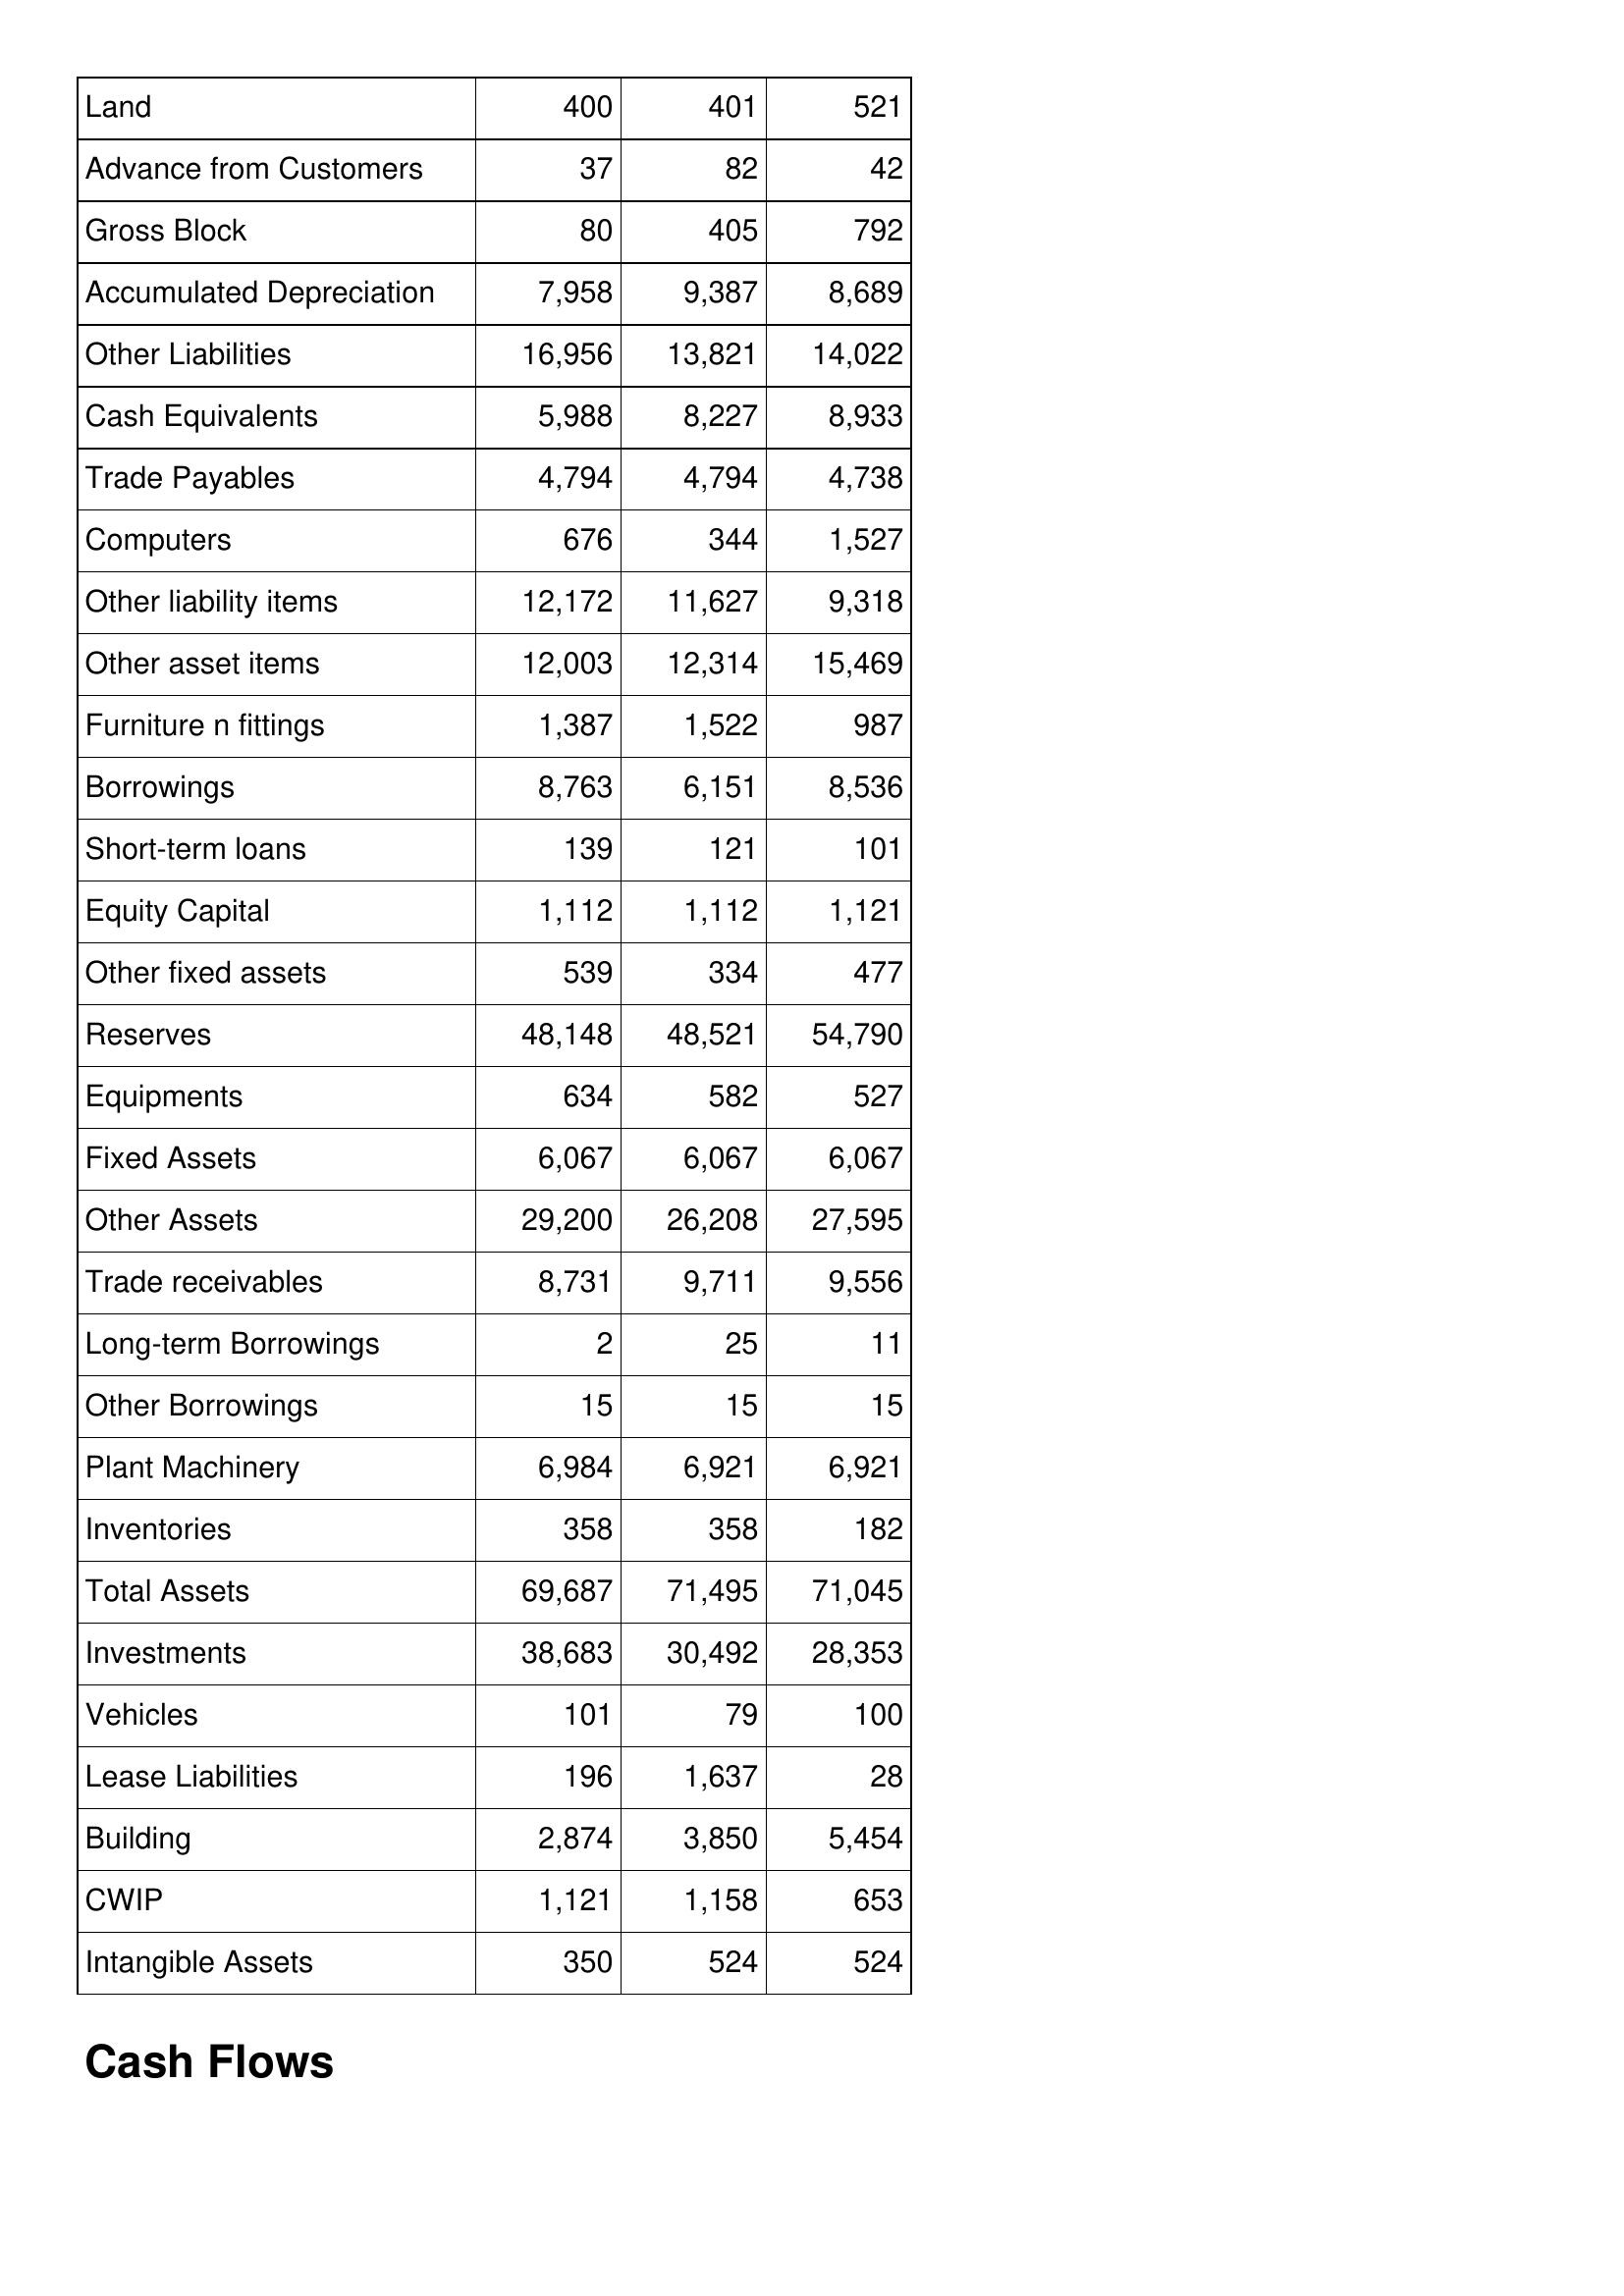
Feb-07: Balance Sheet: Land: 400
Advance from Customers: 37
Gross Block: 80
Accumulated Depreciation: 7,958
Other Liabilities: 16,956
Cash Equivalents: 5,988
Trade Payables: 4,794
Computers: 676
Other liability items: 12,172
Other asset items: 12,003
Furniture n fittings: 1,387
Borrowings: 8,763
Short-term loans: 139
Equity Capital: 1,112
Other fixed assets: 539
Reserves: 48,148
Equipments: 634
Fixed Assets: 6,067
Other Assets: 29,200
Trade receivables: 8,731
Long-term Borrowings: 2
Other Borrowings: 15
Plant Machinery: 6,984
Inventories: 358
Total Assets: 69,687
Investments: 38,683
Vehicles: 101
Lease Liabilities: 196
Building: 2,874
CWIP: 1,121
Intangible Assets: 350
Feb-08: Balance Sheet: Land: 401
Advance from Customers: 82
Gross Block: 405
Accumulated Depreciation: 9,387
Other Liabilities: 13,821
Cash Equivalents: 8,227
Trade Payables: 4,794
Computers: 344
Other liability items: 11,627
Other asset items: 12,314
Furniture n fittings: 1,522
Borrowings: 6,151
Short-term loans: 121
Equity Capital: 1,112
Other fixed assets: 334
Reserves: 48,521
Equipments: 582
Fixed Assets: 6,067
Other Assets: 26,208
Trade receivables: 9,711
Long-term Borrowings: 25
Other Borrowings: 15
Plant Machinery: 6,921
Inventories: 358
Total Assets: 71,495
Investments: 30,492
Vehicles: 79
Lease Liabilities: 1,637
Building: 3,850
CWIP: 1,158
Intangible Assets: 524
Feb-09: Balance Sheet: Land: 521
Advance from Customers: 42
Gross Block: 792
Accumulated Depreciation: 8,689
Other Liabilities: 14,022
Cash Equivalents: 8,933
Trade Payables: 4,738
Computers: 1,527
Other liability items: 9,318
Other asset items: 15,469
Furniture n fittings: 987
Borrowings: 8,536
Short-term loans: 101
Equity Capital: 1,121
Other fixed assets: 477
Reserves: 54,790
Equipments: 527
Fixed Assets: 6,067
Other Assets: 27,595
Trade receivables: 9,556
Long-term Borrowings: 11
Other Borrowings: 15
Plant Machinery: 6,921
Inventories: 182
Total Assets: 71,045
Investments: 28,353
Vehicles: 100
Lease Liabilities: 28
Building: 5,454
CWIP: 653
Intangible Assets: 524